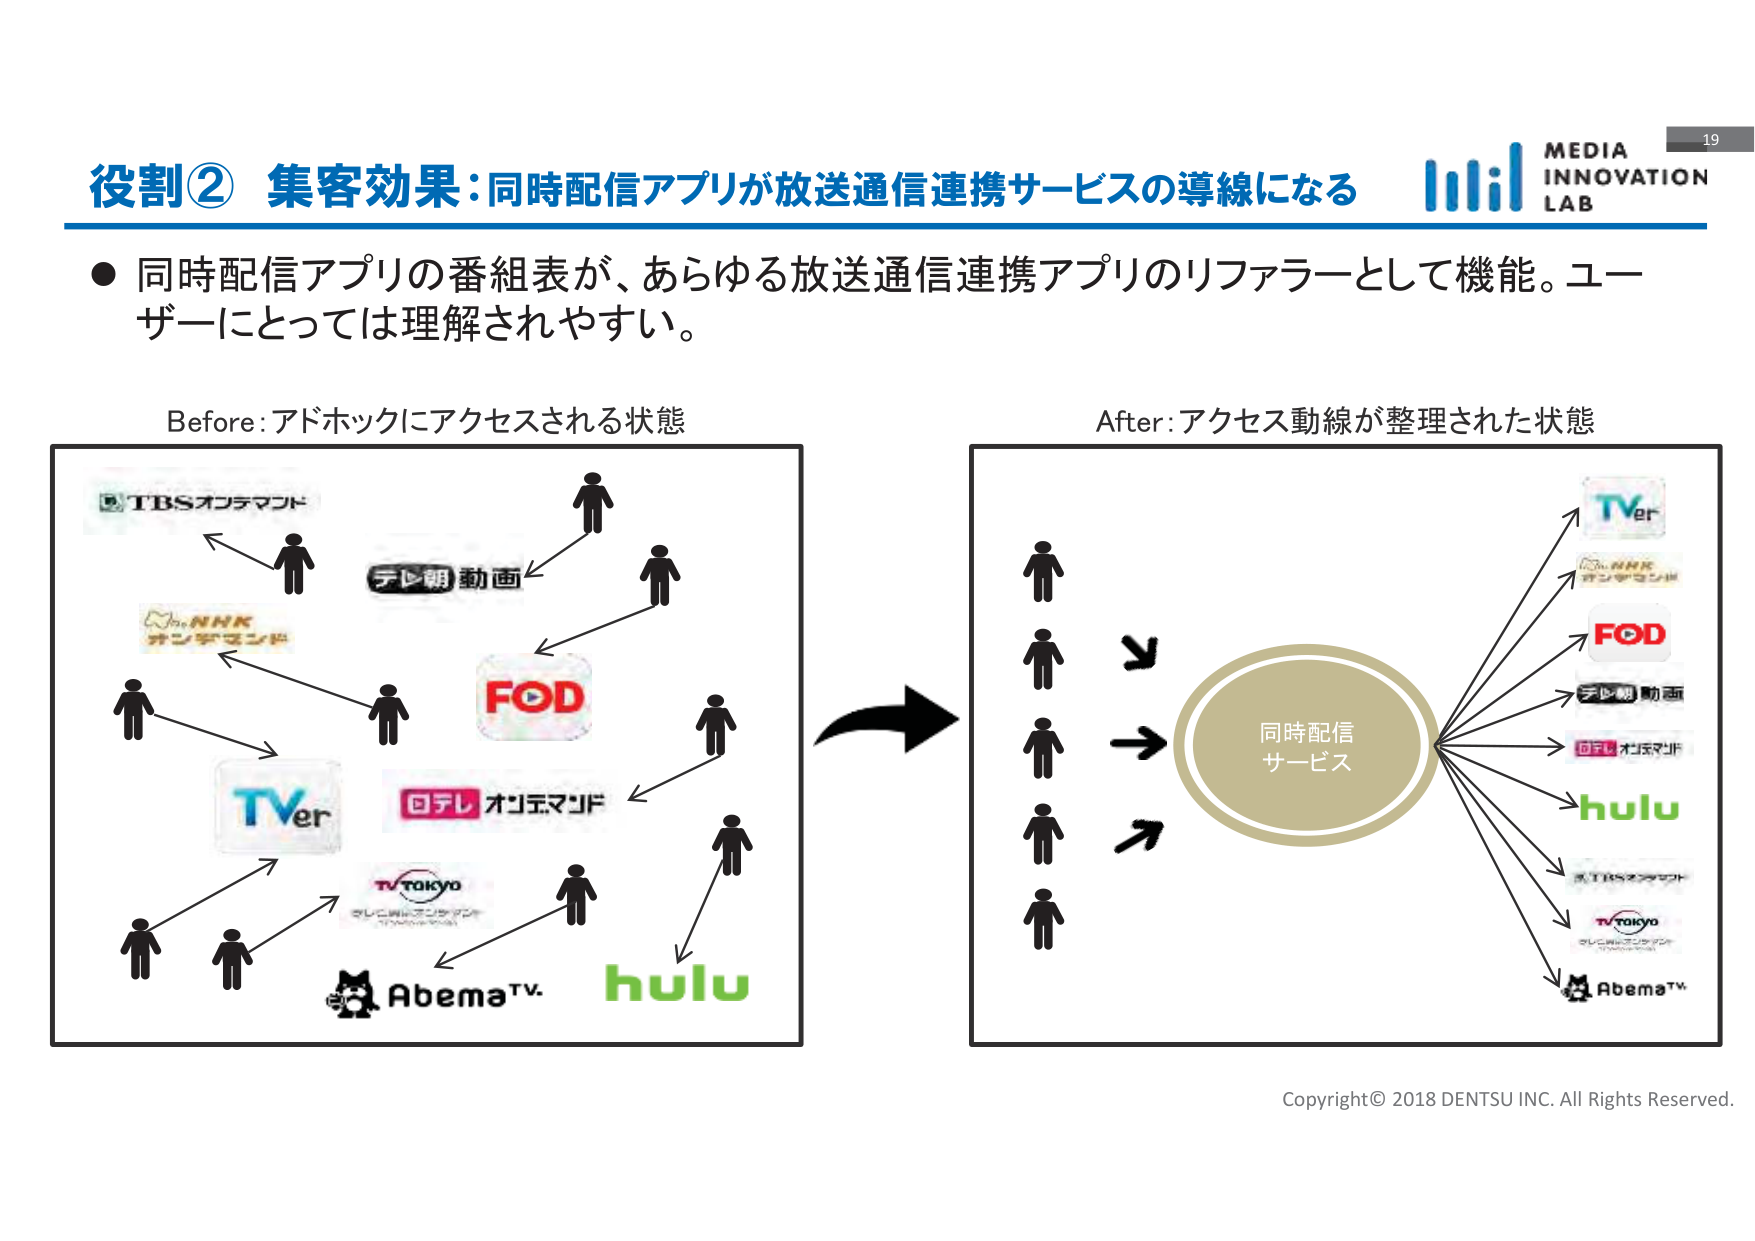
役割② 集客効果：同時配信アプリが放送通信連携サービスの導線になる

● 同時配信アプリの番組表が、あらゆる放送通信連携アプリのリファラーとして機能。ユーザーにとっては理解されやすい。

Before：アドホックにアクセスされる状態

TBSオンデマンド
テレビ朝日 動画
NHK オンデマンド
FOD
TVer
日テレ オンデマンド
TV TOKYO
AbemaTV.
hulu

After：アクセス動線が整理された状態

同時配信
サービス

TVer
NHK オンデマンド
FOD
テレビ朝日 動画
日テレ オンデマンド
hulu
TBSオンデマンド
TV TOKYO
AbemaTV.

Copyright© 2018 DENTSU INC. All Rights Reserved.

MEDIA
INNOVATION
LAB

19